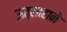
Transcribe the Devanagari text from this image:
ऊत्साहाने